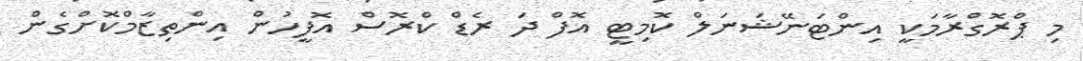
މި ޕްރޮގްރާމަކީ އިންޓަނޭޝަނަލް ކޮމިޓީ އޮފް ދަ ރެޑް ކްރޮސް އޮފީހުން އިންތިޒާމްކޮށްގެން